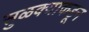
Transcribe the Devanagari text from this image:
सुळक्याकडून